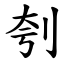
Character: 刳